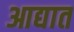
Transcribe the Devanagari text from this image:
आद्यात